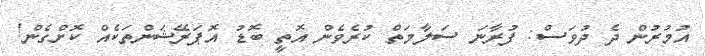
އުމުރުން ދެ ދުވަސް: ފުރާނަ ސަލާމަތް ކުރެވެން އޮތީ ބޮޑު އޮޕަރޭޝަންތަކެއް ކޮށްގެން!